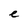
Character: e